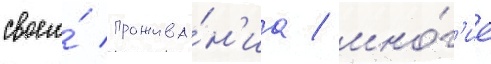
своего́ прожива́н'иа / мно́г'ие